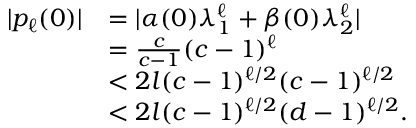
\begin{array} { r l } { | { p _ { \ell } ( 0 ) } | } & { = | { \alpha ( 0 ) \lambda _ { 1 } ^ { \ell } + \beta ( 0 ) \lambda _ { 2 } ^ { \ell } } | } \\ & { = \frac { c } { c - 1 } ( c - 1 ) ^ { \ell } } \\ & { < 2 l ( c - 1 ) ^ { \ell / 2 } ( c - 1 ) ^ { \ell / 2 } } \\ & { < 2 l ( c - 1 ) ^ { \ell / 2 } ( d - 1 ) ^ { \ell / 2 } . } \end{array}